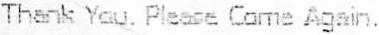
THANK YOU. PLEASE COME AGAIN.